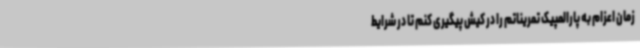
زمان اعزام به پارالمپیک تمریناتم را در کیش پیگیری کنم تا در شرایط